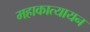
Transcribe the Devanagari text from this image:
महाकात्यायन